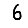
Digit: 6